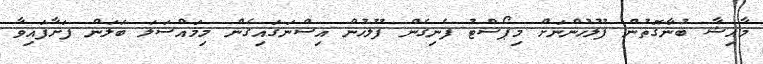
މާއިޝާ ބުނާގޮތުން ފުލުހުންނަށް މިޕޯސްޓު ފެނިގެން ފުލުހުން އިސްނަގައިގެން މިމައްސަލަ ބަލަން ފަށާފައިވާ